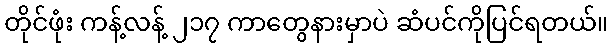
တိုင်ဖုံး ကန့်လန့် ၂၁၇ ကာတွေနားမှာပဲ ဆံပင်ကိုပြင်ရတယ်။